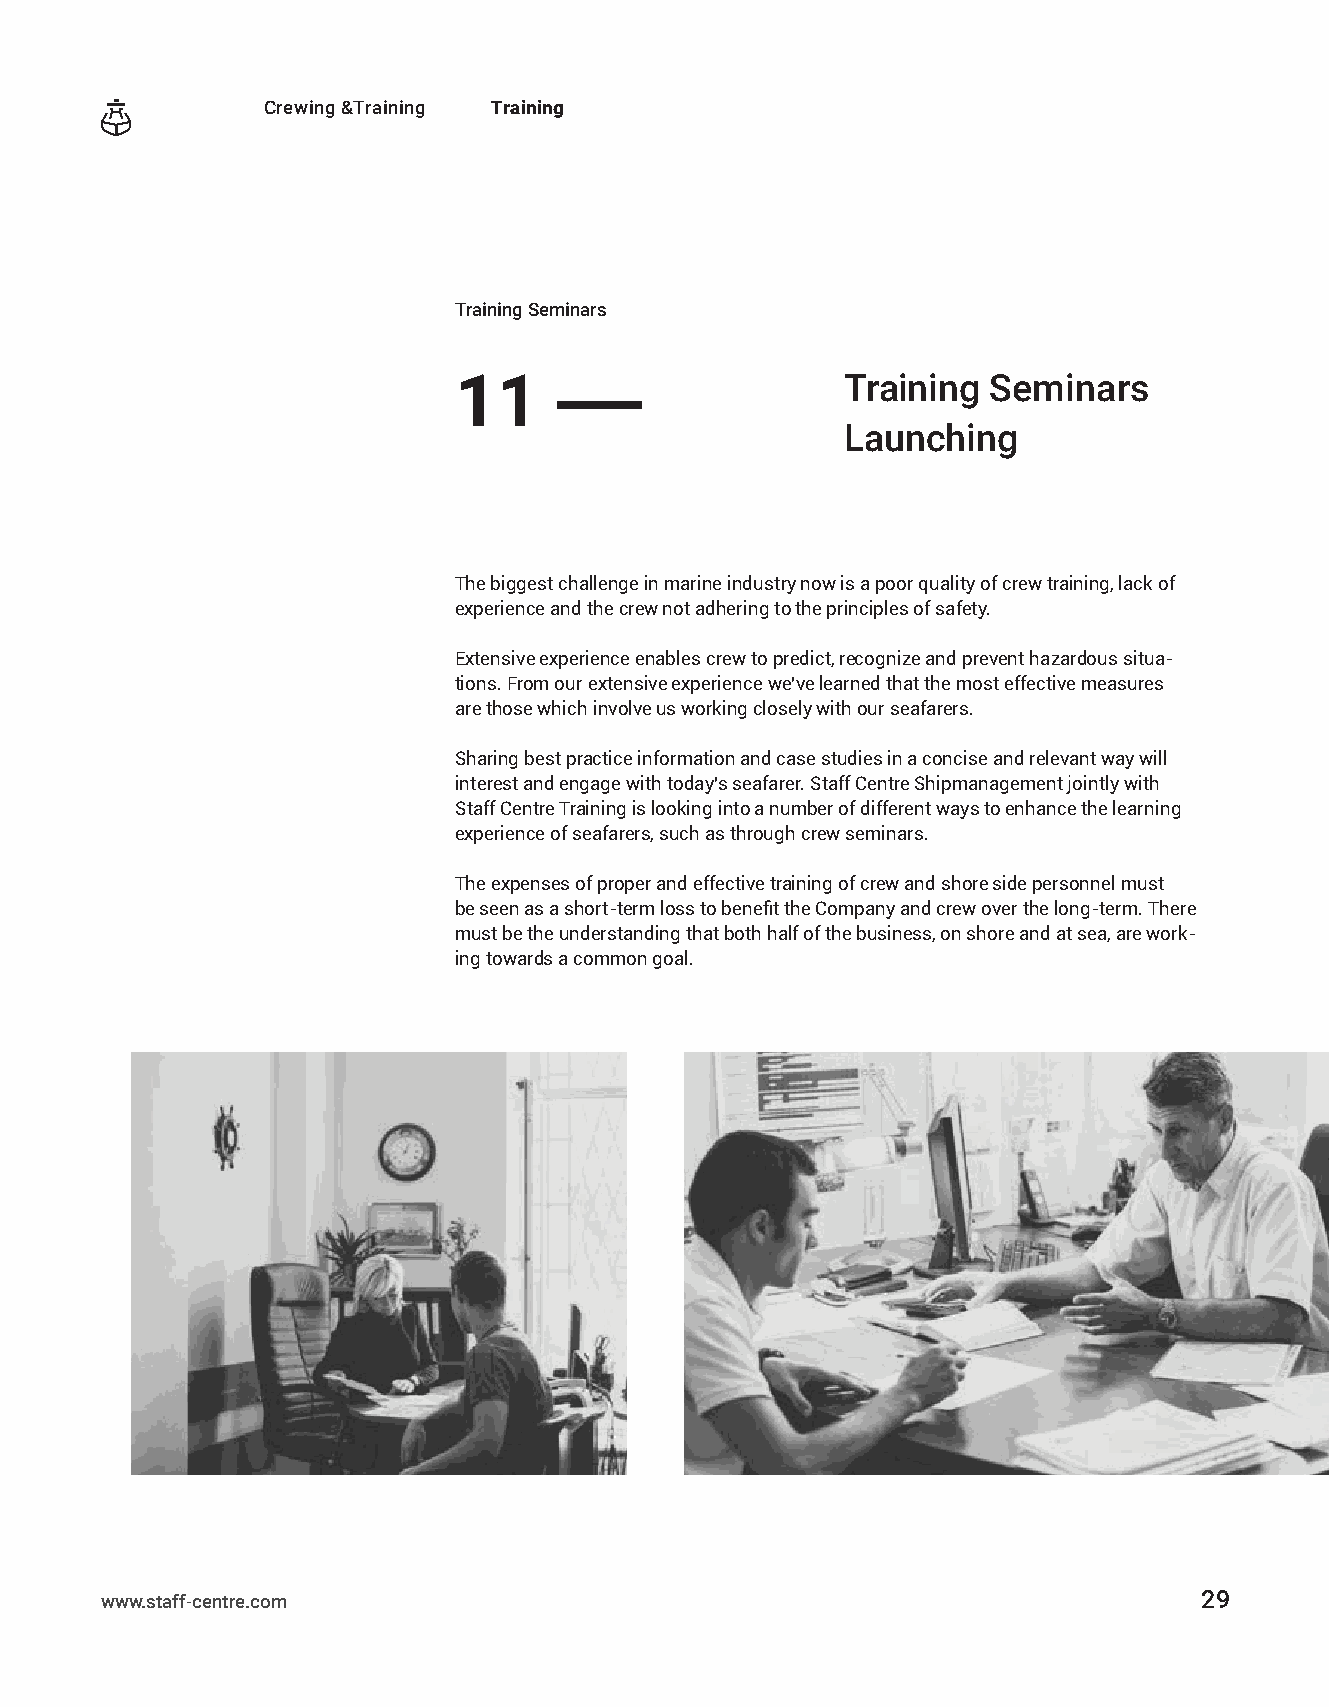
Crewing &Training Training
 Training Seminars
 11                        Training  Seminars
 ——
 Launching
 Тhe biggest challenge in marine industry now is a poor quality of crew training, lack of
 experience and the crew not adhering to the principles of safety.
 Extensive experience enables crew to predict, recognize and prevent hazardous situa-
 tions. From our extensive experience we’ve learned that the most effective measures
 are those which involve us working closely with our seafarers.
 Sharing best practice information and case studies in a concise and relevant way will
 interest and engage with today’s seafarer. Staff Centre Shipmanagement jointly with
 Staff Centre Training is looking into a number of different ways to enhance the learning
 experience of seafarers, such as through crew seminars.
 The expenses of proper and effective training of crew and shore side personnel must
 be seen as a short-term loss to benefit the Company and crew over the long-term. There
 must be the understanding that both half of the business, on shore and at sea, are work-
 ing towards a common goal.
 www.staff-centre.com                                                     29